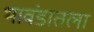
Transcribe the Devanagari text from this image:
भावंडातला